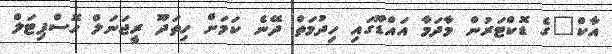
އާކް"ގެ ޑޮކްޓަރުން މާދަމާ އައްޑޫގައި ހިދުމަތް ދޭނެ ކަމަށް ހިތަދޫ ރީޖަނަލް ހޮސްޕިޓަލް